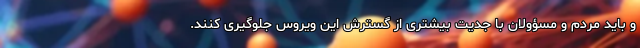
و باید مردم و مسؤولان با جدیت بیشتری از گسترش این ویروس جلوگیری کنند.